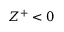
Z ^ { + } < 0